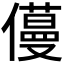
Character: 𠐎